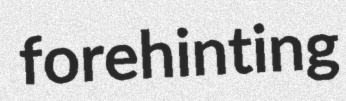
forehinting